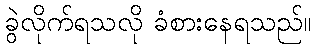
ခွဲလိုက်ရသလို ခံစားနေရသည်။